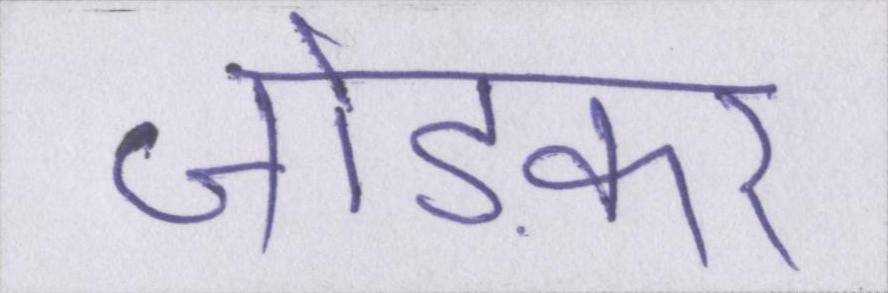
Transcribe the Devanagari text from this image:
जोड़कर